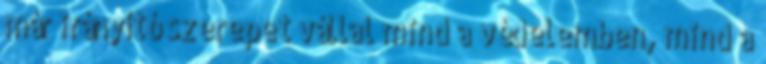
már irányító szerepet vállal mind a védelemben, mind a